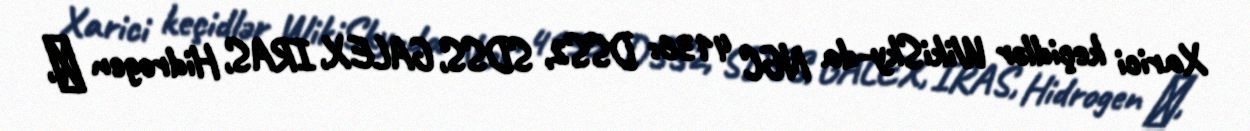
Xarici keçidlər WikiSky-da NGC 4136: DSS2, SDSS, GALEX, IRAS, Hidrogen α,